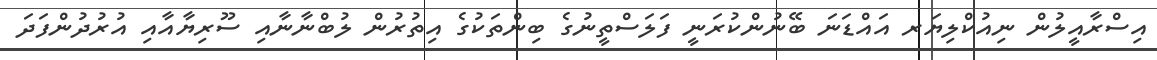
އިސްރާއީލުން ނިއުކްލިޔަރ އައްޑަނަ ބޭނުންކުރަނީ ފަލަސްތީނުގެ ބިންތަކުގެ އިތުރުން ލުބްނާނާއި ސޫރިޔާއާއި އުރުދުންފަދަ